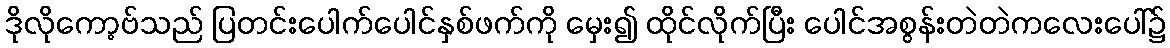
ဒိုလိုကော့ဗ်သည် ပြတင်းပေါက်ပေါင်နှစ်ဖက်ကို မှေး၍ ထိုင်လိုက်ပြီး ပေါင်အစွန်းတဲတဲကလေးပေါ်၌